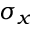
\sigma _ { x }